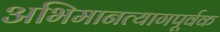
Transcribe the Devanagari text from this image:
अभिमानत्यागपूर्वक